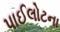
પાઈલોટના